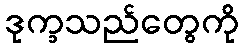
ဒုက္ခသည်တွေကို